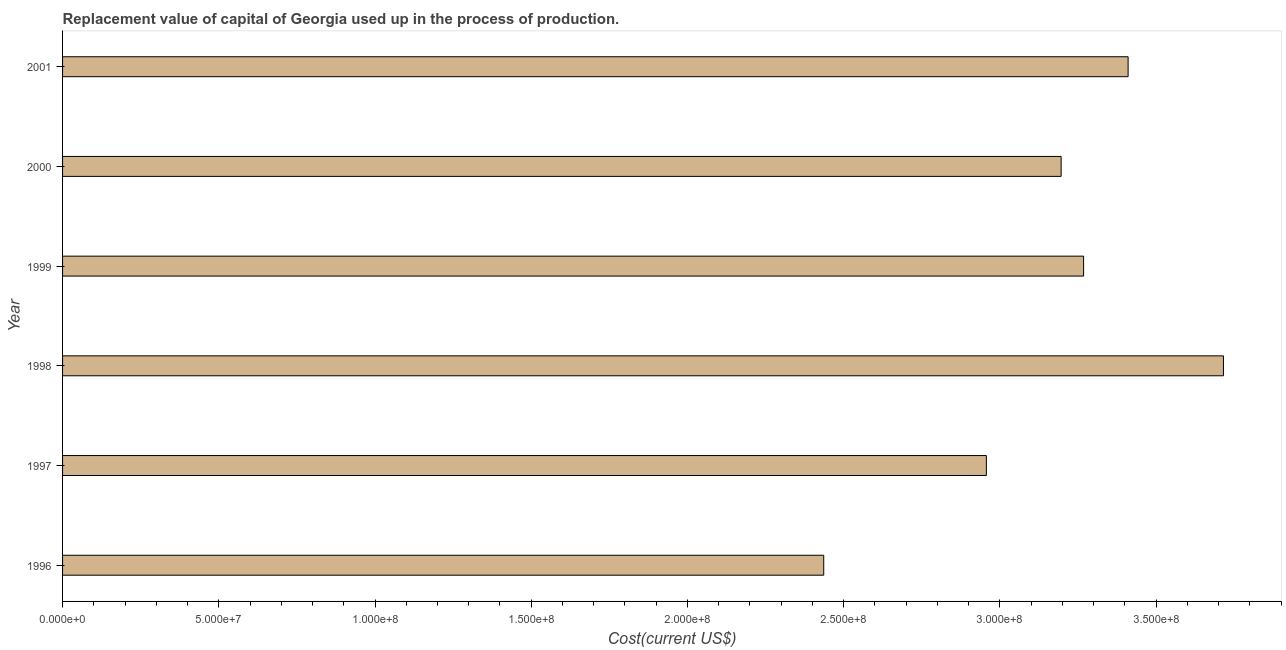
| Year | Consumption of fixed capital |
 | --- | --- |
 | 1996 | 2.44e+08 |
 | 1997 | 2.96e+08 |
 | 1998 | 3.72e+08 |
 | 1999 | 3.27e+08 |
 | 2000 | 3.2e+08 |
 | 2001 | 3.41e+08 |